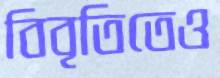
বিবৃতিতেও